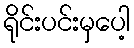
ရိုင်းပင်းမှပေါ့